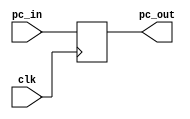
module pc (clk, pc_in, pc_out);

input clk;

input [7:0] pc_in;

output reg [7:0] pc_out;

initial begin

	pc_out = 1'b0;
 
end

always @(posedge clk)begin
	pc_out = pc_in;
	
end

endmodule